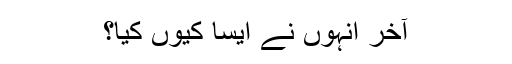
آخر انہوں نے ایسا کیوں کیا؟